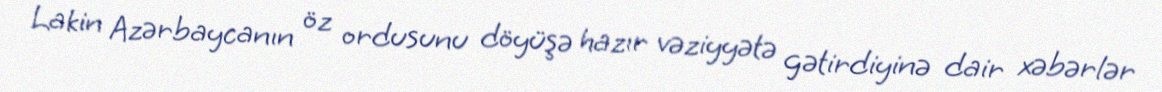
Lakin Azərbaycanın öz ordusunu döyüşə hazır vəziyyətə gətirdiyinə dair xəbərlər